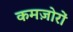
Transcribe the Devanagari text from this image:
कमज़ोरों